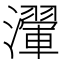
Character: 瀈